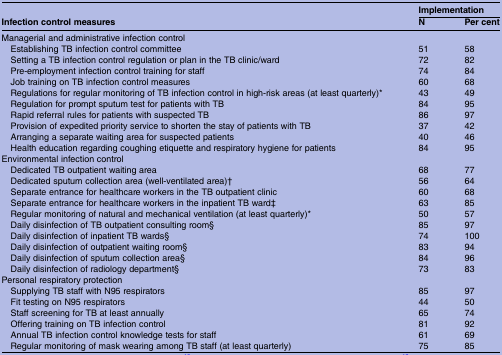
<table><thead><tr><td></td><td colspan="2"><b>Implementation</b></td></tr><tr><td><b>Infection control measures</b></td><td><b>N</b></td><td><b>Per cent</b></td></tr></thead><tbody><tr><td colspan="3">Managerial and administrative infection control</td></tr><tr><td> Establishing TB infection control committee</td><td>51</td><td>58</td></tr><tr><td> Setting a TB infection control regulation or plan in the TB clinic/ward</td><td>72</td><td>82</td></tr><tr><td> Pre-employment infection control training for staff</td><td>74</td><td>84</td></tr><tr><td> Job training on TB infection control measures</td><td>60</td><td>68</td></tr><tr><td> Regulations for regular monitoring of TB infection control in high-risk areas (at least quarterly)*</td><td>43</td><td>49</td></tr><tr><td> Regulation for prompt sputum test for patients with TB</td><td>84</td><td>95</td></tr><tr><td> Rapid referral rules for patients with suspected TB</td><td>86</td><td>97</td></tr><tr><td> Provision of expedited priority service to shorten the stay of patients with TB</td><td>37</td><td>42</td></tr><tr><td> Arranging a separate waiting area for suspected patients</td><td>40</td><td>46</td></tr><tr><td> Health education regarding coughing etiquette and respiratory hygiene for patients</td><td>84</td><td>95</td></tr><tr><td colspan="3">Environmental infection control</td></tr><tr><td> Dedicated TB outpatient waiting area</td><td>68</td><td>77</td></tr><tr><td> Dedicated sputum collection area (well-ventilated area)†</td><td>56</td><td>64</td></tr><tr><td> Separate entrance for healthcare workers in the TB outpatient clinic</td><td>60</td><td>68</td></tr><tr><td> Separate entrance for healthcare workers in the inpatient TB ward‡</td><td>63</td><td>85</td></tr><tr><td> Regular monitoring of natural and mechanical ventilation (at least quarterly)*</td><td>50</td><td>57</td></tr><tr><td> Daily disinfection of TB outpatient consulting room§</td><td>85</td><td>97</td></tr><tr><td> Daily disinfection of inpatient TB wards§</td><td>74</td><td>100</td></tr><tr><td> Daily disinfection of outpatient waiting room§</td><td>83</td><td>94</td></tr><tr><td> Daily disinfection of sputum collection area§</td><td>84</td><td>96</td></tr><tr><td> Daily disinfection of radiology department§</td><td>73</td><td>83</td></tr><tr><td colspan="3">Personal respiratory protection</td></tr><tr><td> Supplying TB staff with N95 respirators</td><td>85</td><td>97</td></tr><tr><td> Fit testing on N95 respirators</td><td>44</td><td>50</td></tr><tr><td> Staff screening for TB at least annually</td><td>65</td><td>74</td></tr><tr><td> Offering training on TB infection control</td><td>81</td><td>92</td></tr><tr><td> Annual TB infection control knowledge tests for staff</td><td>61</td><td>69</td></tr><tr><td> Regular monitoring of mask wearing among TB staff (at least quarterly)</td><td>75</td><td>85</td></tr></tbody></table>